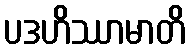
ပဒဟိဿာမာတိ